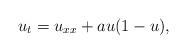
LaTeX: \begin{align*} u_t=u_{xx}+au(1-u),\end{align*}